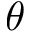
\theta